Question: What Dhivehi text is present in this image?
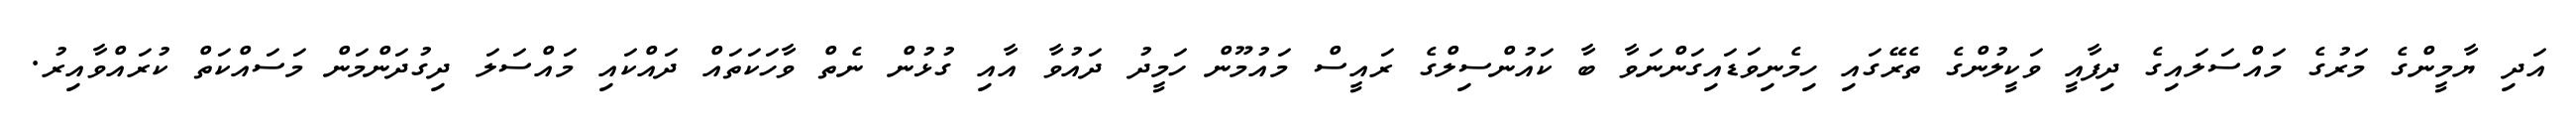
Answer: އަދި ޔާމީންގެ މަރުގެ މައްސަލައިގެ ދިފާއީ ވަކީލުންގެ ތެރޭގައި ހިމެނިވަޑައިގަންނަވާ ބާ ކައުންސިލްގެ ރައީސް މައުމޫން ހަމީދު ދައުވާ އާއި ގުޅުން ނެތް ވާހަކަތައް ދައްކައި މައްސަލަ ދިގުދަންމަން މަސައްކަތް ކުރައްވާއިރު.